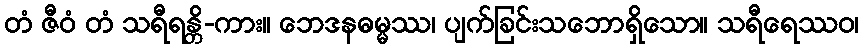
တံ ဇီဝံ တံ သရီရန္တိ-ကား။ ဘေဒနဓမ္မဿ၊ ပျက်ခြင်းသဘောရှိသော။ သရီရေဿဝ၊